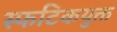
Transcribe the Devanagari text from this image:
स्फटिकयुक्त